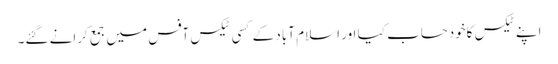
اپنے ٹیکس کاخودحساب کیا اور اسلام آباد کے کسی ٹیکس آفس میں جمع کرانے گئے۔